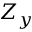
Z _ { y }